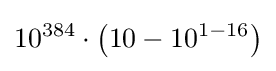
10^{384}\cdot \left(10-10^{1-16}\right)